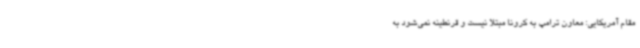
مقام آمریکایی: معاون ترامپ به کرونا مبتلا نیست و قرنطینه نمی‌شود به